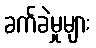
ခက်ခဲမှုများ